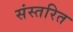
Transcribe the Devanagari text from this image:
संस्तरित